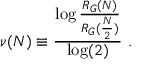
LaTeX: \nu ( N ) \equiv \frac { \log \frac { R _ { G } ( N ) } { R _ { G } ( \frac { N } { 2 } ) } } { \log ( 2 ) } \ .